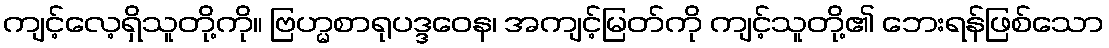
ကျင့်လေ့ရှိသူတို့ကို။ ဗြဟ္မစာရုပဒ္ဒဝေန၊ အကျင့်မြတ်ကို ကျင့်သူတို့၏ ဘေးရန်ဖြစ်သော